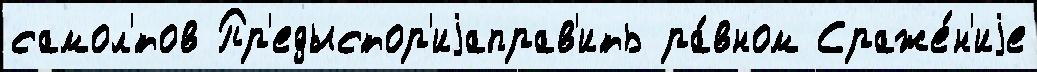
самол'́тов Пр'едыстор'иjаправ'ить ра́вном Сраже́н'иjе